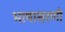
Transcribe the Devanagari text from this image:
भाषासरणी